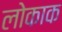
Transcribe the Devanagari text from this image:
लोकाक